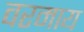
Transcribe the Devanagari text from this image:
वरमाय